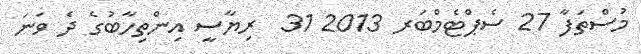
މުސްތަފާ 27 ސެޕްޓެމްބަރ 2013 31  ރިޔާސީ އިންތިހާބުގެ ދެ ވަނަ